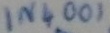
Text: IN4001